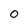
Character: 0